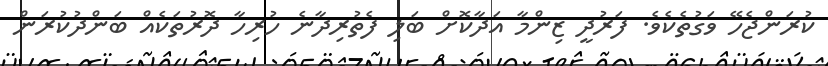
ކުރަންޖެހޭ ވަގުތެކެވެ. ފަރުދީ ޒިންމާ އަދާކޮށް ބަލި ފެތުރިދާނެ ހުރިހާ ދޮރުތަކެއް ބަންދުކުރަން